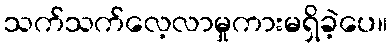
သက်သက်လေ့လာမှုကားမရှိခဲ့ပေ။